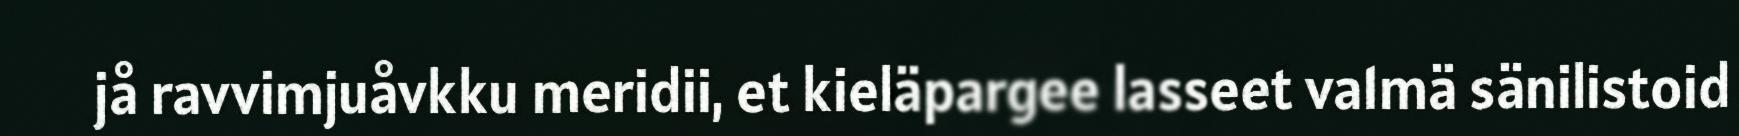
jå ravvimjuåvkku meridii, et kieläpargee lasseet va1mä sänilistoid